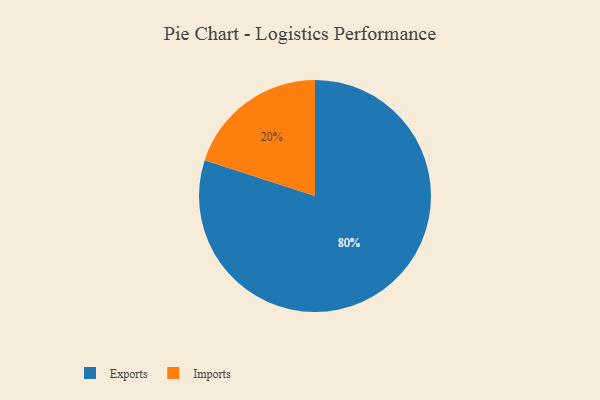
{"axis": {"x": "Category", "y": "Percentage"}, "legend": ["Exports", "Imports"], "data": [{"x": "Exports", "y": 80, "type": "Exports"}, {"x": "Imports", "y": 20, "type": "Imports"}]}